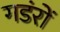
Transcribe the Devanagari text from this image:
गडंरों